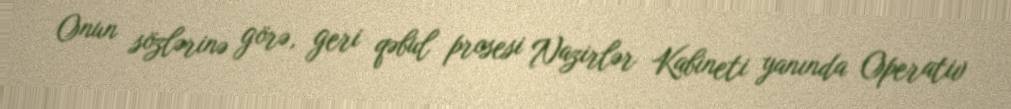
Onun sözlərinə görə, geri qəbul prosesi Nazirlər Kabineti yanında Operativ